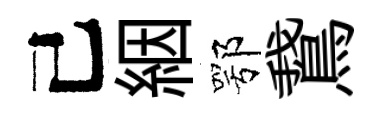
己絪鄂鵞